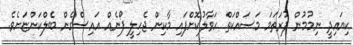
ކިޔައިދީ ނިމުމުން ފުރަތަމަ މަސައްކަތް ހަވާލުކޮށްފައި މާކިން ޖެހިލީ ފޯނެއް އައިސްގެން ބެލްކަންޏަށެވެ.